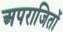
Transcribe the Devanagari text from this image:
अपराजितों